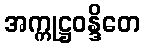
အက္ကုဋ္ဌဝန္ဒိတေ